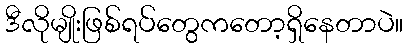
ဒီလိုမျိုးဖြစ်ရပ်တွေကတော့ရှိနေတာပဲ။